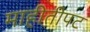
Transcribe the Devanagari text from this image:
माहीतीपट